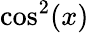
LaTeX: \cos^{2}(x)